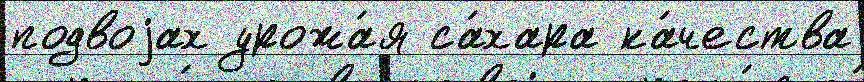
подвоjах урожа́я са́хара ка́чества